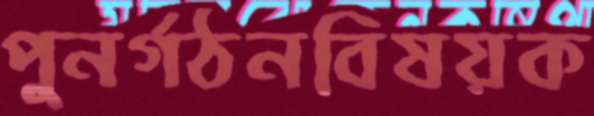
পুনর্গঠনবিষয়ক